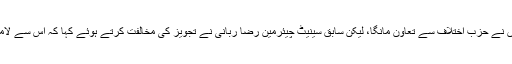
حکمراں اتحادی جماعت کے پاس آئین میں ترمیم کرنے لئے دوتہائی اکثریت نہیں، اس لئے انہوں نے حزب اختلاف سے تعاون مانگا، لیکن سابق سینیٹ چیئرمین رضا ربانی نے تجویز کی مخالفت کرتے ہوئے کہا کہ اس سے لامحالہ وفاق کی علامت کہلائے جانے والے سینیٹ میں چھوٹی جماعتوں کی نمائندگی متاثر ہوگی۔